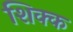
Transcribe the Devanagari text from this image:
शिक्क